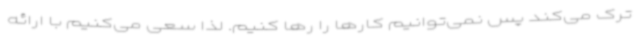
ترک می‌کند پس نمی‌توانیم کارها را رها کنیم. لذا سعی می‌کنیم با ارائه